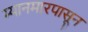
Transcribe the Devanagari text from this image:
म्यानमारपासून